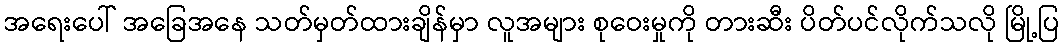
အရေးပေါ် အခြေအနေ သတ်မှတ်ထားချိန်မှာ လူအများ စုဝေးမှုကို တားဆီး ပိတ်ပင်လိုက်သလို မြို့ပြ